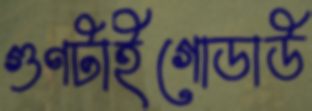
গুণটাইগোডাউ